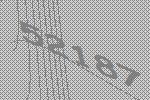
52187